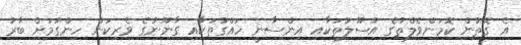
އެ ގޮތުން ކޮމަންވެލްތުގެ އުސޫލުތަކާއި އިންސާނީ ހައްގުތަކާއި ގާނޫނުގެ ވެރިކަން ހިންގުމަށް ބާރު